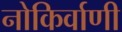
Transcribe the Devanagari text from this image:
नोकिर्वाणी